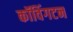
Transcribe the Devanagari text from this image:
कॉविंगटन